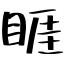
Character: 睚